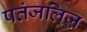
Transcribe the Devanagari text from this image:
पतंजलिज़